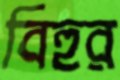
বিহুর